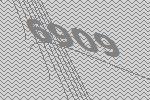
6909